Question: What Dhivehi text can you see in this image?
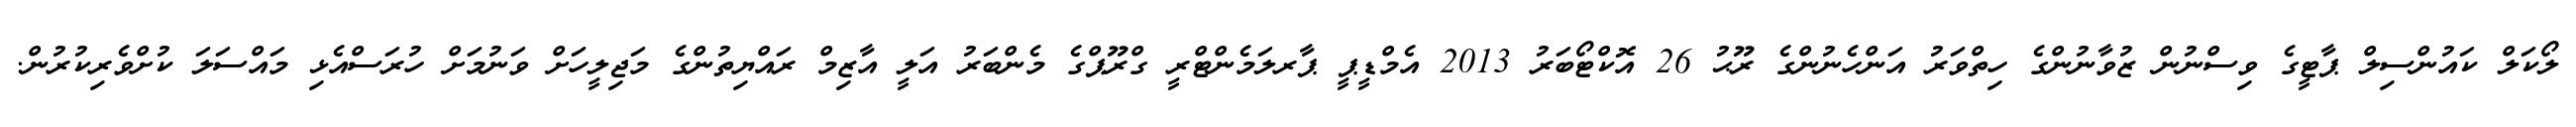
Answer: ލޯކަލް ކައުންސިލް ޕާޓީގެ ވިސްނުން ޒުވާނުންގެ ހިތްވަރު އަންހެނުންގެ ރޫޙު 26 އޮކްޓޯބަރު 2013 އެމްޑީޕީ ޕާރލަމެންޓްރީ ގްރޫޕްގެ މެންބަރު އަލީ އާޒިމް ރައްޔިތުންގެ މަޖިލީހަށް ވަނުމަށް ހުރަސްއެޅި މައްސަލަ ކުށްވެރިކުރުން.